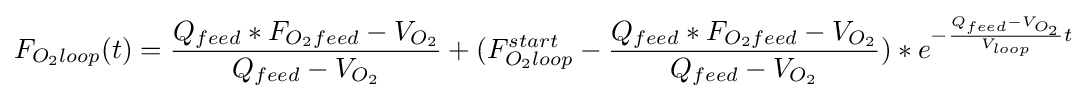
F_{O_{2}loop}(t)={\frac {Q_{feed}*F_{O_{2}feed}-V_{O_{2}}}{Q_{feed}-V_{O_{2}}}}+(F_{O_{2}loop}^{start}-{\frac {Q_{feed}*F_{O_{2}feed}-V_{O_{2}}}{Q_{feed}-V_{O_{2}}}})*e^{-{\frac {Q_{feed}-V_{O_{2}}}{V_{loop}}}t}